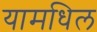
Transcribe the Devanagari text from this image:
यामधिल